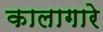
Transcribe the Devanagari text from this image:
कालागारे